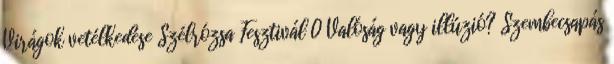
Virágok vetélkedése Szélrózsa Fesztivál 0 Valóság vagy illúzió? Szembecsapás